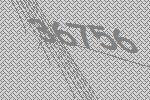
36756